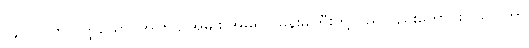
(၄၁၁) ကုလိတ္ထိယော၊ အကြင် အမျိုး အိမ်ရှင် မိန်းမကြီးတို့သည်လည်းကောင်း။ ယာ တာ